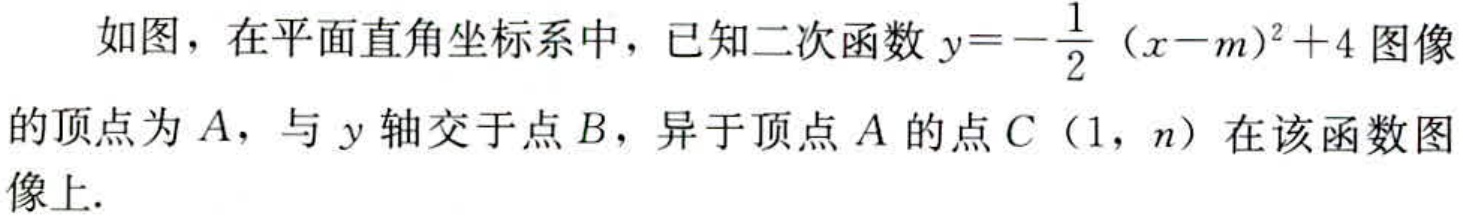
如图，在平面直角坐标系中，已知二次函数\(y = -\frac{1}{2}(x - m)^{2}+4\)图像的顶点为\(A\)，与\(y\)轴交于点\(B\)，异于顶点\(A\)的点\(C\)（\(1\)，\(n\)）在该函数图像上.